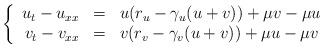
LaTeX: \begin{align*} \left\{\begin{array}{rcl}u_t-u_{xx}&=&u(r_u-\gamma_u(u+v))+\mu v-\mu u \\v_t-v_{xx}&=&v(r_v-\gamma_v(u+v))+\mu u-\mu v \\\end{array} \right.\end{align*}